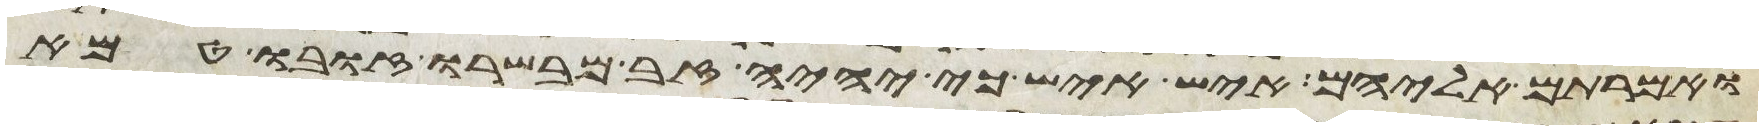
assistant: ואמרתם אליהם איש איש כי יהיה זב מבשרו זובו טמא